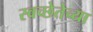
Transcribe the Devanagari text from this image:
स्वच्छेतेच्या